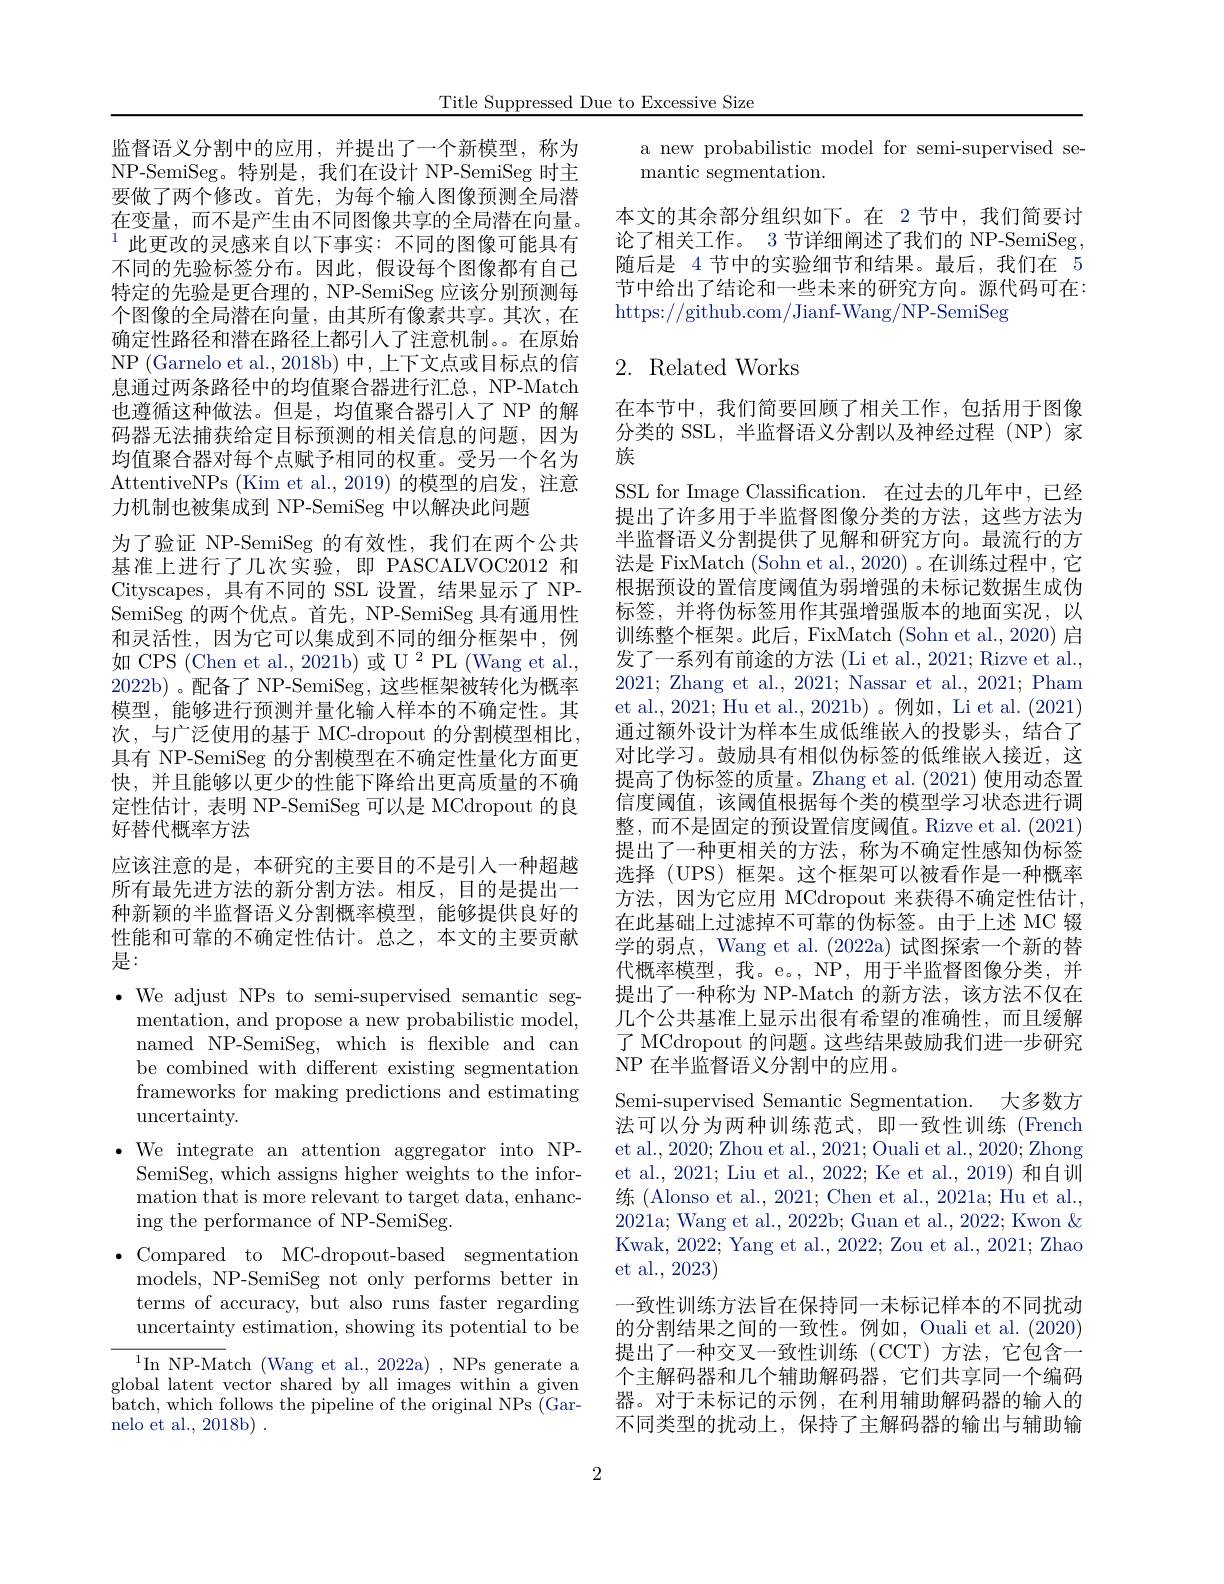
Title Suppressed Due to Excessive Size

监督语义分割中的应用，并提出了一个新模型，称为NP-SemiSeg。特别是，我们在设计 NP-SemiSeg 时主要做了两个修改。首先，为每个输入图像预测全局潜在变量，而不是产生由不同图像共享的全局潜在向量。$^{1}$此更改的灵感来自以下事实：不同的图像可能具有不同的先验标签分布。因此，假设每个图像都有自己特定的先验是更合理的，NP-SemiSeg 应该分别预测每个图像的全局潜在向量，由其所有像素共享。其次，在确定性路径和潜在路径上都引人了注意机制。。在原始NP (Garnelo et al., 2018b) 中，上下文点或目标点的信息通过两条路径中的均值聚合器进行汇总，NP-Match 也遵循这种做法。但是，均值聚合器引入了 NP 的解码器无法捕获给定目标预测的相关信息的问题，因为均值聚合器对每个点赋予相同的权重。受另一个名为AttentiveNPs ( Kim et al. , 2019) 的模型的启发，注意力机制也被集成到 NP-SemiSeg 中以解决此问题
为了验证 NP-SemiSeg 的有效性，我们在两个公共基准上进行了几次实验，即 PASCALVOC2012 和Cityscapes,具有不同的 SSL 设置，结果显示了 NPSemiSeg 的两个优点。首先，NP-SemiSeg 具有通用性和灵活性，因为它可以集成到不同的细分框架中，例如 CPS (Chen et al., 2021b) 或 U 2 PL (Wang et al., 2022b)。配备了 NP-SemiSeg, 这些框架被转化为概率模型，能够进行预测并量化输入样本的不确定性。其次，与广泛使用的基于 MC-dropout 的分割模型相比， 具有 NP-SemiSeg 的分割模型在不确定性量化方面更快，并且能够以更少的性能下降给出更高质量的不确定性估计，表明 NP-SemiSeg 可以是 MCdropout 的良好替代概率方法
应该注意的是，本研究的主要目的不是引入一种超越所有最先进方法的新分割方法。相反，目的是提出一种新颖的半监督语义分割概率模型，能够提供良好的性能和可靠的不确定性估计。总之，本文的主要贡献是：
$\bullet$ We adjust NPs to semi-supervised semantic seg-
mentation, and propose a new probabilistic model, named NP-SemiSeg, which is flexible and can be combined with different existing segmentation frameworks for making predictions and estimating uncertainty.
$\bullet$ We integrate an attention aggregator into NP-
SemiSeg, which assigns higher weights to the information that is more relevant to target data, enhancing the performance of NP-SemiSeg.
$\bullet$ Compared to MC-dropout-based segmentation
models, NP-SemiSeg not only performs better in terms of accuracy, but also runs faster regarding uncertainty estimation, showing its potential to be $^{1}$In NP-Match (Wang et al., 2022a) , NPs generate a
global latent vector shared by all images within a given $\bar{b}$atch, which follows the pipeline of the original NPs ( Gar- ) nelo et al., 2018b) .

a new probabilistic model for semi-supervised se-
mantic segmentation

本文的其余部分组织如下。在 2节中，我们简要讨论了相关工作。3 节详细阐述了我们的 NP-SemiSeg , 随后是 4 节中的实验细节和结果。最后，我们在 5节中给出了结论和一些未来的研究方向。源代码可在： https://github.com/Jianf-Wang/NP-SemiSeg

# 2. Related Works

在本节中，我们简要回顾了相关工作，包括用于图像分类的 SSL, 半监督语义分割以及神经过程 (NP) 家族
SSL for Image Classification. 在过去的几年中，已经提出了许多用于半监督图像分类的方法，这些方法为半监督语义分割提供了见解和研究方向。最流行的方法是 FixMatch (Sohn et al., 2020) 。在训练过程中，它根据预设的置信度阈值为弱增强的未标记数据生成伪标签，并将伪标签用作其强增强版本的地面实况，以训练整个框架。此后，FixMatch (Sohn et al., 2020) 启发了一系列有前途的方法 (Li et al., 2021; Rizve et al., 2021; Zhang et al., 2021; Nassar et al., 2021; Pham et al., 2021; Hu et al., 2021b) 。例如，Li et al. (2021) 通过额外设计为样本生成低维嵌人的投影头，结合了对比学习。鼓励具有相似伪标签的低维嵌人接近，这提高了伪标签的质量。Zhang et al.(2021) 使用动态置信度阈值，该阈值根据每个类的模型学习状态进行调整，而不是固定的预设置信度阈值。Rizve et al. (2021) 提出了一种更相关的方法，称为不确定性感知伪标签选择 (UPS) 框架。这个框架可以被看作是一种概率方法，因为它应用 MCdropout 来获得不确定性估计， 在此基础上过滤掉不可靠的伪标签。由于上述 MC 辍学的弱点，Wang et al. (2022a) 试图探索一个新的替代概率模型，我。e。, NP, 用于半监督图像分类，并提出了一种称为 NP-Match 的新方法，该方法不仅在几个公共基准上显示出很有希望的准确性，而且缓解了 MCdropout 的问题。这些结果鼓励我们进一步研究NP 在半监督语义分割中的应用。
Semi-supervised Semantic Segmentation. 大多数方法可以分为两种训练范式，即一致性训练(French et al., 2020; Zhou et al., 2021; Ouali et al., 2020; Zhong et al., 2021; Liu et al., 2022; Ke et al., 2019) 和自训练 (Alonso et al., 2021; Chen et al., 2021a; Hu et al., 2021a; Wang et al., 2022b; Guan et al., 2022; Kwon & Kwak, 2022; Yang et al., 2022; Zou et al., 2021; Zhao et al., 2023)
一致性训练方法旨在保持同一未标记样本的不同扰动的分割结果之间的一致性。例如，Ouali et al. (2020) 提出了一种交叉一致性训练(CCT)方法，它包含一个主解码器和几个辅助解码器，它们共享同一个编码器。对于未标记的示例，在利用辅助解码器的输入的不同类型的扰动上，保持了主解码器的输出与辅助输

2